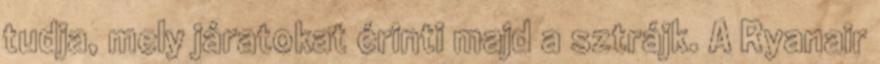
tudja, mely járatokat érinti majd a sztrájk. A Ryanair